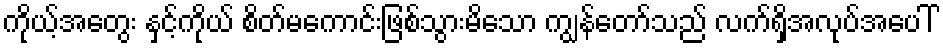
ကိုယ့်အတွေး နှင့်ကိုယ် စိတ်မကောင်းဖြစ်သွားမိသော ကျွန်တော်သည် လက်ရှိအလုပ်အပေါ်